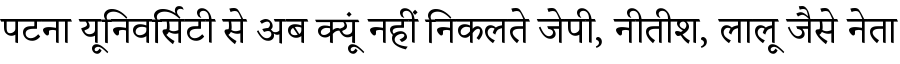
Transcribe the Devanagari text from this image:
पटना यूनिवर्सिटी से अब क्यूं नहीं निकलते जेपी, नीतीश, लालू जैसे नेता